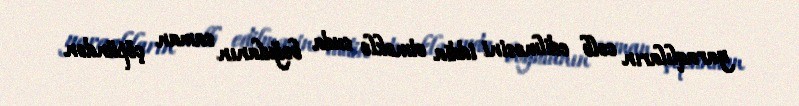
yaraqlıların cəlb edilməsini iddia etməklə suda boğulanın saman çöpündən